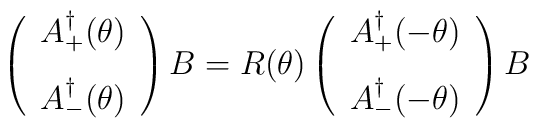
\left ( \begin{array}{c}A_+ ^\dagger (\theta) \\[3mm]A_{-}^\dagger (\theta) \end{array}\right )B = R(\theta) \left (\begin{array}{c}A_+ ^\dagger (-\theta) \\[3mm]A_{-}^\dagger (-\theta) \end{array}\right ) B